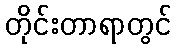
တိုင်းတာရာတွင်